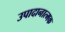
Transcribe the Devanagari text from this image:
उपादानात्मक